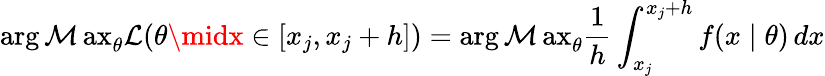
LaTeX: \operatorname{arg\mathcal{M}ax}_{\theta}{\mathcal{{L}}}(\theta\midx\in[x_{j},x_{j}+h])=\operatorname{arg\mathcal{M}ax}_{\theta}{\frac{{1}}{{h}}}\int_{x_{j}}^{x_{j}+h}f(x\mid\theta)\, dx